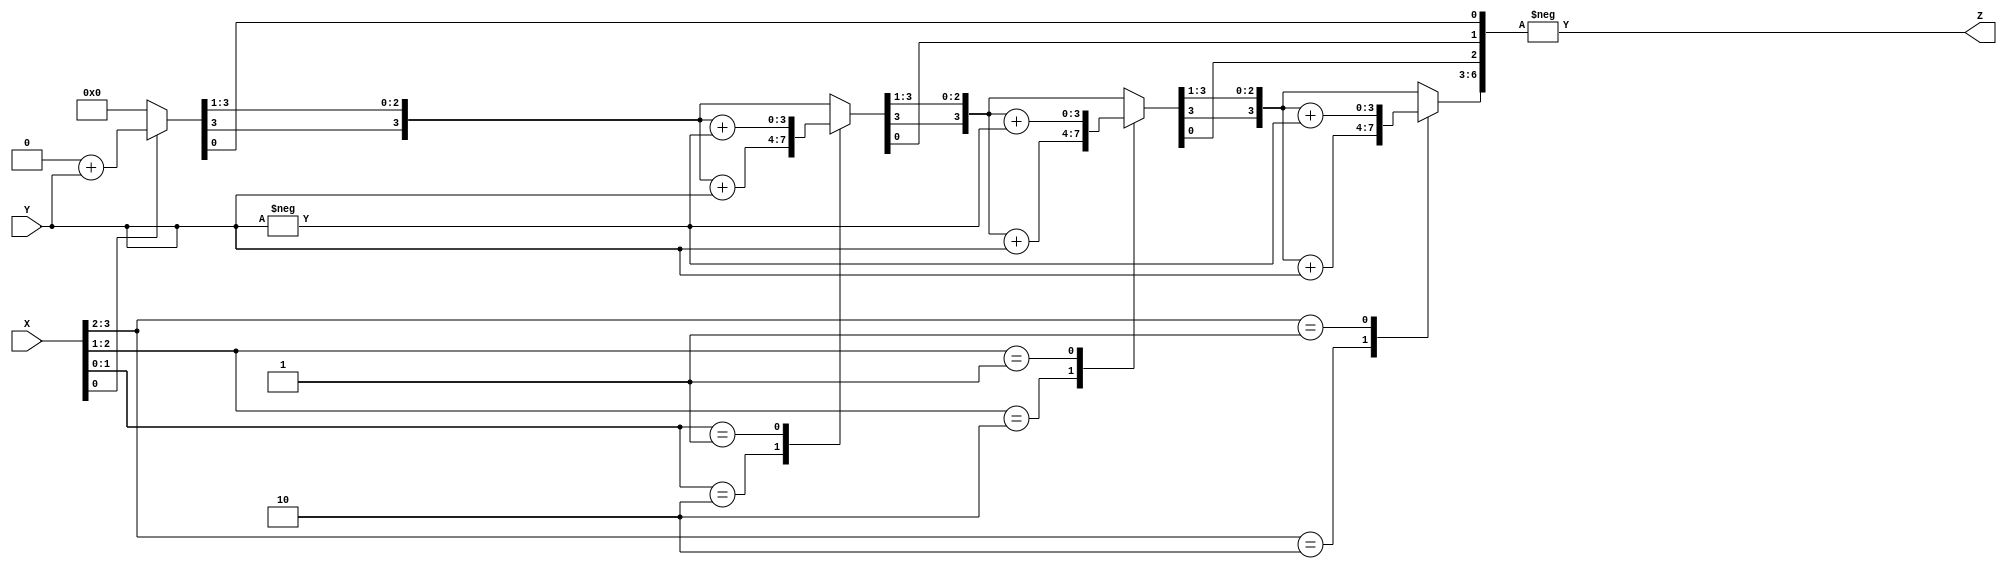
module booth_multiplier (X, Y, Z);
       input signed [3:0] X, Y;
       output signed [7:0] Z;
       reg signed [7:0] Z;
       reg [1:0] temp;
       integer i;
       reg E1;
       reg [3:0] Y1;
       always @ (X, Y)
       begin
       Z = 0;
       E1 = 0;
		 
       for (i = 0; i < 4; i = i + 1)
       begin
       temp = {X[i], E1};
       Y1 = - Y;
     
       case (temp)
       2'd2 : Z [7 : 4] = Z [7 : 4] + Y;
       2'd1 : Z [7 : 4] = Z [7 : 4] + Y1;
       default : begin end
       endcase
       E1 = X[i];
       Z = Z >> 1;
       Z[7] = Z[6];
     
           end
			  Z=-Z;
			end
endmodule